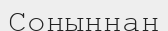
Соңыңнан